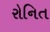
રોનિત